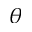
\boldsymbol { \theta }